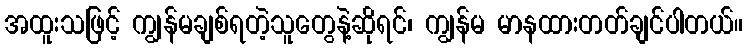
အထူးသဖြင့် ကျွန်မချစ်ရတဲ့သူတွေနဲ့ဆိုရင်၊ ကျွန်မ မာနထားတတ်ချင်ပါတယ်။